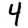
Digit: 4